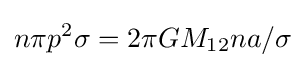
n\pi p^{2}\sigma =2\pi GM_{12}na/\sigma